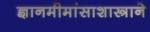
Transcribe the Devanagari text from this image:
ज्ञानमीमांसाशास्त्राने